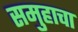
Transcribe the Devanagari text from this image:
समुहाचा